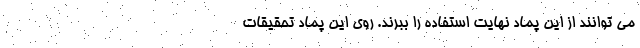
می توانند از این پماد نهایت استفاده را ببرند. روی این پماد تحقیقات